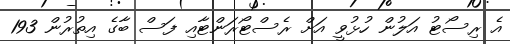
އެ ރިސޯޓު އަލުން ހުޅުވީ އަށް ރެސްޓޯރަންޓާއި ފަސް ބާގެ އިތުރުން 193